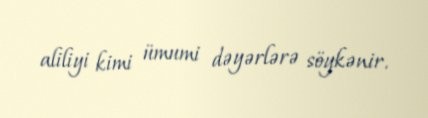
aliliyi kimi ümumi dəyərlərə söykənir.